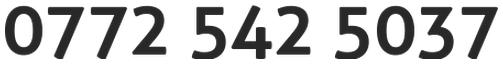
0772 542 5037